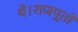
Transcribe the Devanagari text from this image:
थे।राजपूतो